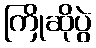
ကြိုဆိုပွဲ